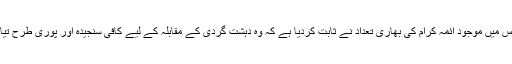
کانفرنس میں موجود ائمہ کرام کی بھاری تعداد نے ثابت کردیا ہے کہ وہ دہشت گردی کے مقابلہ کے لیے کافی سنجیدہ اور پوری طرح تیار ہیں۔